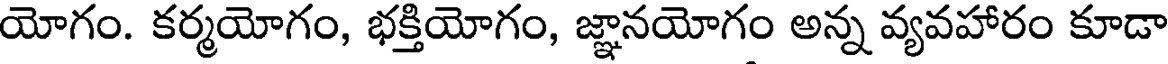
యోగం. కర్మయోగం, భక్తియోగం, జ్ఞానయోగం అన్న వ్యవహారం కూడా